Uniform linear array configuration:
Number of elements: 8
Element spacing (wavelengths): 0.75
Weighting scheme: blackman
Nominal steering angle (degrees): -45
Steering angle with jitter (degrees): -45.844
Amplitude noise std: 0.05
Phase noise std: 0.05

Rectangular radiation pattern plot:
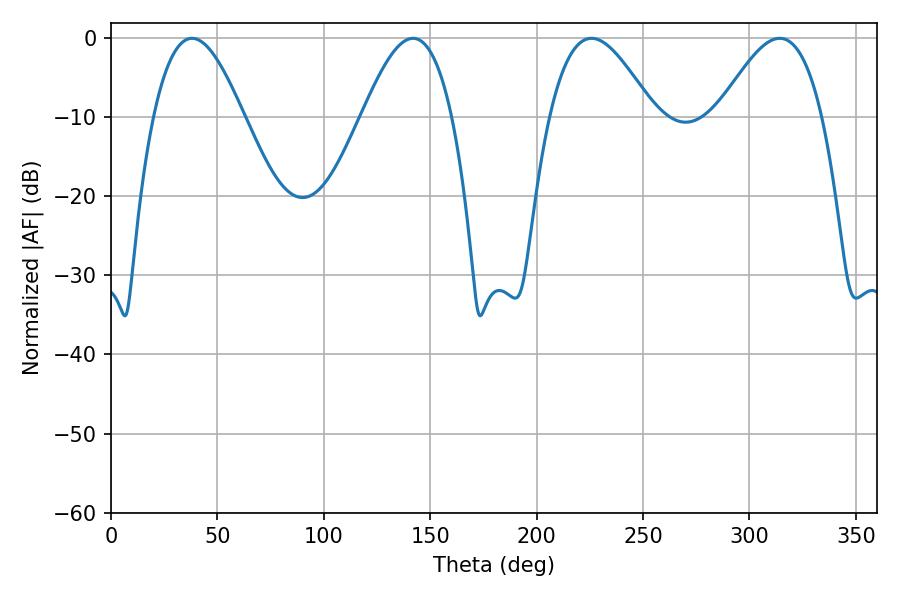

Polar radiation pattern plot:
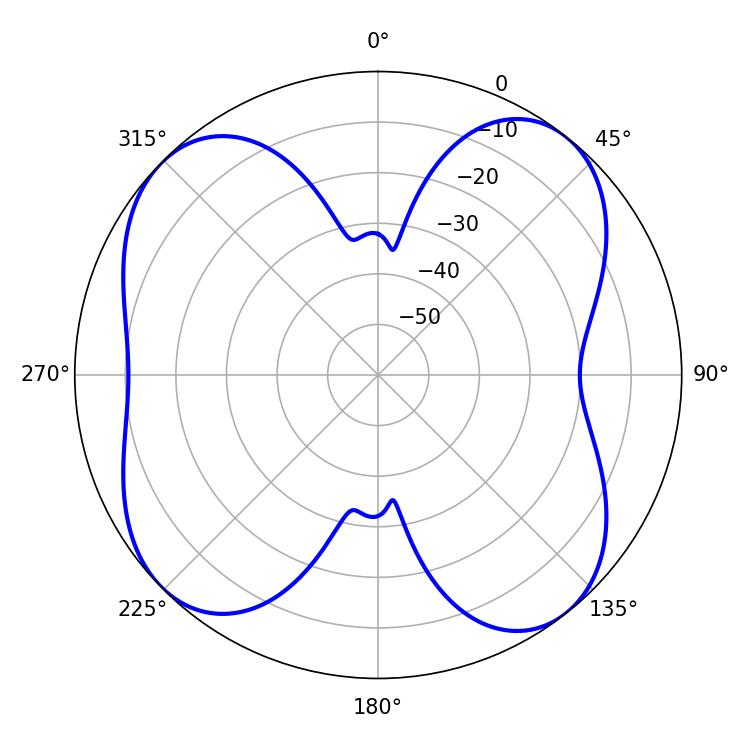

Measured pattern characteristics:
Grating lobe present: TRUE
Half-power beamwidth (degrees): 26.46
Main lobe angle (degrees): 225.72